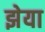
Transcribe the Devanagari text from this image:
झेया